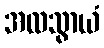
အလသွာယံ